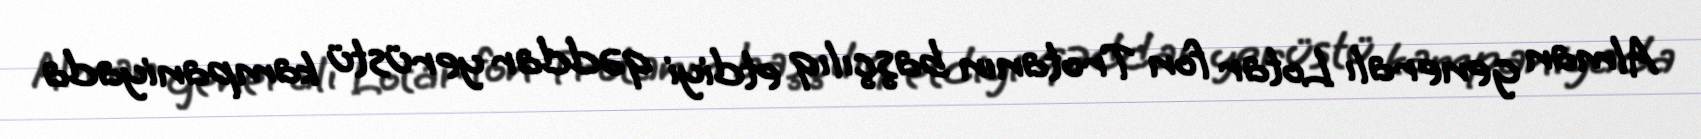
Alman generalı Lotar fon Trotanın başçılıq etdiyi qəddar yerüstü kampaniyada